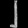
Digit: ၂